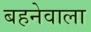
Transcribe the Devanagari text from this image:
बहनेवाला